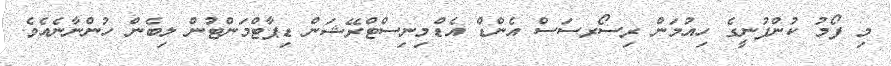
މި ފޯމު ކުންފުނީގެ ހިއުމަން ރިސޯރސަސް އެންޑް އެޑްމިނިސްޓްރޭޝަން ޑިޕާޓްމަންޓުން ލިބެން ހުންނާނެއެވެ.